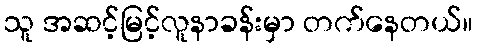
သူ အဆင့်မြင့်လူနာခန်းမှာ တက်နေတယ်။